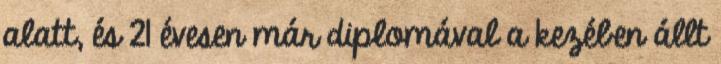
alatt, és 21 évesen már diplomával a kezében állt